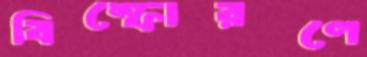
বিস্ফোরণে